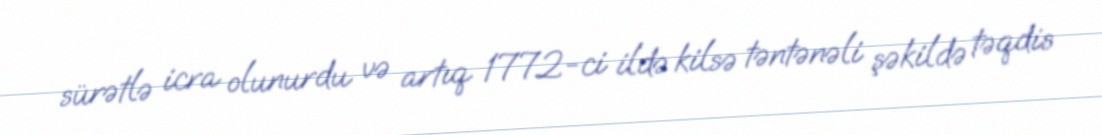
sürətlə icra olunurdu və artıq 1772-ci ildə kilsə təntənəli şəkildə təqdis